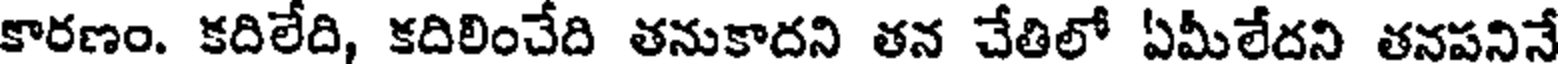
కారణం. కదిలేది, కదిలించేది తనుకాదని తన చేతిలో ఏమీలేదని తనపనినే